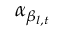
\alpha _ { \beta _ { l , t } }